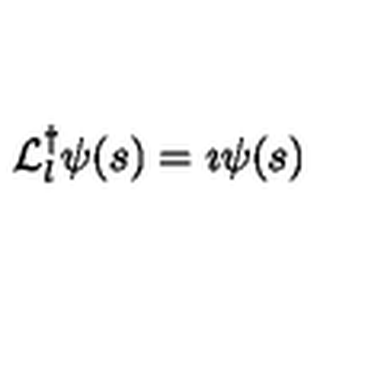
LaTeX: { \cal L } _ { l } ^ { \dag } \psi ( s ) = \imath \psi ( s )